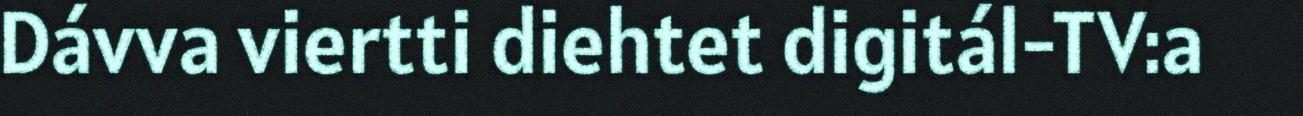
Dávva viertti diehtet digitál-TV:a